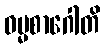
ဓမ္မစာဂေါတိ